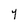
Character: 7